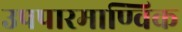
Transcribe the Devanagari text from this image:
उपपारमाण्विक